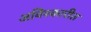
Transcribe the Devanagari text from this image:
अविश्कारीत